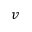
v